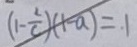
( 1 - \frac { 2 } { c } ) ( 1 - a ) = 1